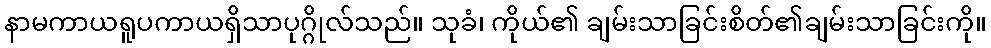
နာမကာယရူပကာယရှိသာပုဂ္ဂိုလ်သည်။ သုခံ၊ ကိုယ်၏ ချမ်းသာခြင်းစိတ်၏ချမ်းသာခြင်းကို။